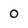
Character: 0